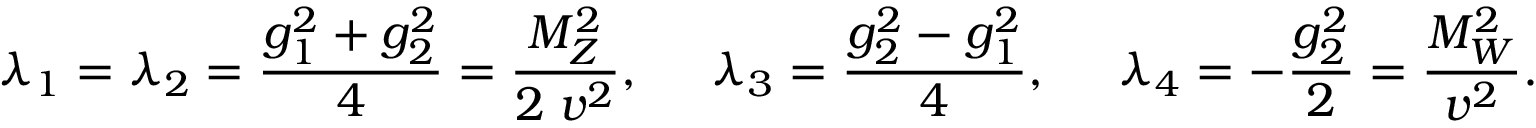
\lambda _ { 1 } = \lambda _ { 2 } = \frac { g _ { 1 } ^ { 2 } + g _ { 2 } ^ { 2 } } { 4 } = \frac { M _ { Z } ^ { 2 } } { 2 \; v ^ { 2 } } , \; \; \; \; \; \lambda _ { 3 } = \frac { g _ { 2 } ^ { 2 } - g _ { 1 } ^ { 2 } } { 4 } , \; \; \; \; \; \lambda _ { 4 } = - \frac { g _ { 2 } ^ { 2 } } { 2 } = \frac { M _ { W } ^ { 2 } } { v ^ { 2 } } .